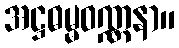
အဋ္ဌဓမ္မဝဏ္ဏနာ။